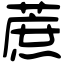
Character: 蔗